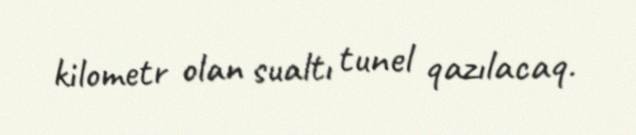
kilometr olan sualtı tunel qazılacaq.